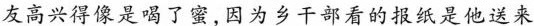
友高兴得像是喝了蜜，因为乡干部看的报纸是他送来